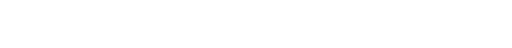
ထိုပုဂ္ဂိုလ်၏။ သာ၊ ထိုစင်ကြယ်သော ကိုယ်အကျင့်ရှိသည်၏အဖြစ်ကို။ တသ္မိံ သမယေ၊